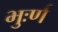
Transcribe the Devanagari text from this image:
भुःर्ण